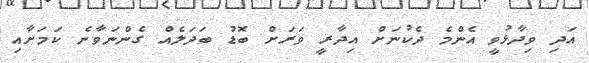
އަދި ވިދާޅުވީ އެންމެ ދެކުނަށް އިދާރީ ވަރަށް ބޮޑު ބަދަލެއް ގެންނަވާނެ ކަމަށާއި